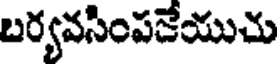
బర్యవసింపకేయుచు